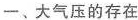
一﹑大气压的存在